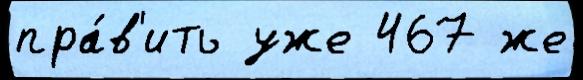
пра́в'ить уже 467 же